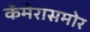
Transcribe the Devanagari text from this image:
कॅमेरासमोर